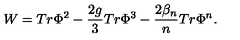
W = T r \Phi ^ { 2 } - \frac { 2 g } { 3 } T r \Phi ^ { 3 } - \frac { 2 \beta _ { n } } { n } T r \Phi ^ { n } .